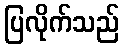
ပြလိုက်သည်